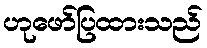
ဟုဖော်ပြထားသည်